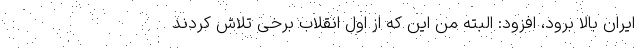
ایران بالا برود، افزود: البته من این که از اول انقلاب برخی تلاش کردند